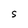
Character: S